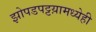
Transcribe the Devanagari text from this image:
झोपडपट्टय़ामध्येही